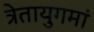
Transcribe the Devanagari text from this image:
त्रेतायुगमां